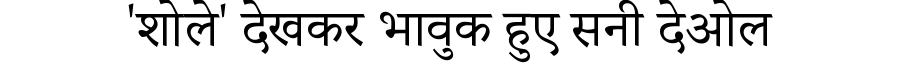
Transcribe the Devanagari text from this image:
'शोले' देखकर भावुक हुए सनी देओल